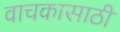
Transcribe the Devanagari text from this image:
वाचकासाठी